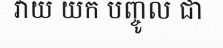
វាយ យក បញ្ចូល ជា